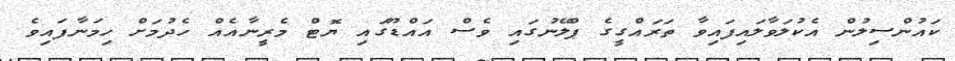
ކައުންސިލުން އެކުލަވާލައިފައިވާ ތަރައްގީގެ ޕްލޭނުގައި ވެސް އައްޑޫގައި ޔޮޓް މެރީނާއެއް ހެދުމަށް ހިމަނާފައިވެ